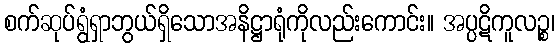
စက်ဆုပ်ရွံရှာဘွယ်ရှိသောအနိဋ္ဌာရုံကိုလည်းကောင်း။ အပ္ပဋိကူလဉ္စ၊